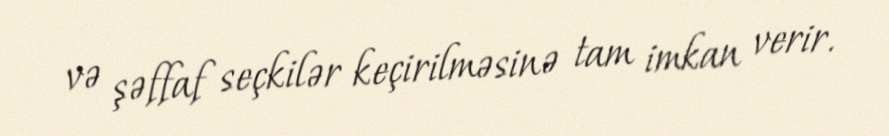
və şəffaf seçkilər keçirilməsinə tam imkan verir.